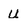
Character: u